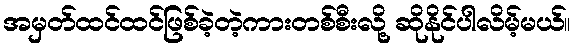
အမှတ်ထင်ထင်ဖြစ်ခဲ့တဲ့ကားတစ်စီးလို့ ဆိုနိုင်ပါလိမ့်မယ်။